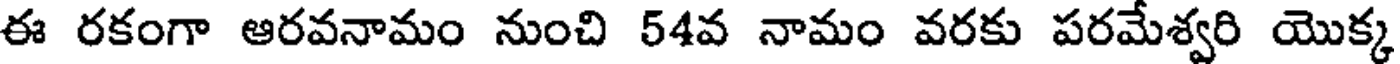
ఈ రకంగా ఆరవనామం నుంచి 54వ నామం వరకు పరమేశ్వరి యొక్క